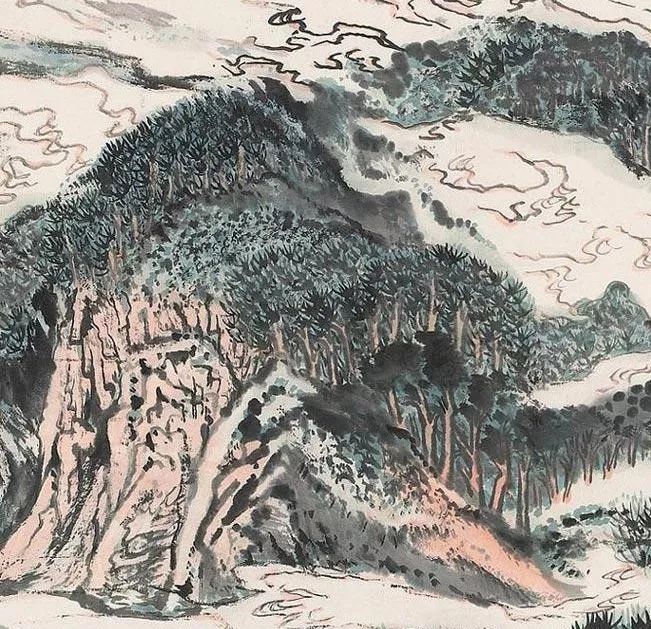
霖雨泥我涂，流潦浩纵横。